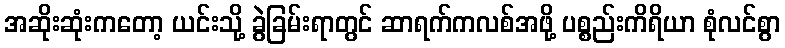
အဆိုးဆုံးကတော့ ယင်းသို့ ခွဲခြမ်းရာတွင် ဆာရက်ကလစ်အဖို့ ပစ္စည်းကိရိယာ စုံလင်စွာ